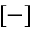
[ - ]